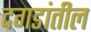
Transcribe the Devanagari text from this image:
दगडांतील